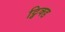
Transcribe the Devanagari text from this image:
ट्विक्ड